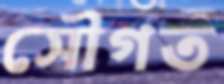
সৌগত